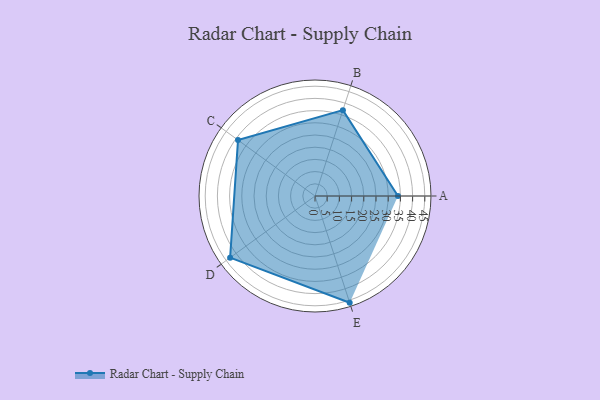
{"axis": {"x": "Skill", "y": "Score"}, "legend": ["Profile"], "data": [{"x": "A", "y": 34.0, "type": "Profile"}, {"x": "B", "y": 37.0, "type": "Profile"}, {"x": "C", "y": 39.0, "type": "Profile"}, {"x": "D", "y": 43.0, "type": "Profile"}, {"x": "E", "y": 46.0, "type": "Profile"}]}